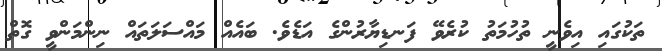
ތަކުގައި އިވެނީ ތުހުމަތު ކުރެވޭ ފަނޑިޔާރުންގެ އަޑެވެ. ބައެއް މައްސަލަތައް ނިންމަންވީ ގޮތް